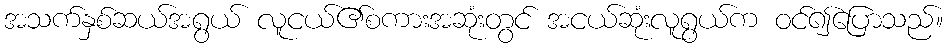
အသက်နှစ်ဆယ်အရွယ် လူငယ်၏စကားအဆုံးတွင် အငယ်ဆုံးလူရွယ်က ဝင်၍ပြောသည်။